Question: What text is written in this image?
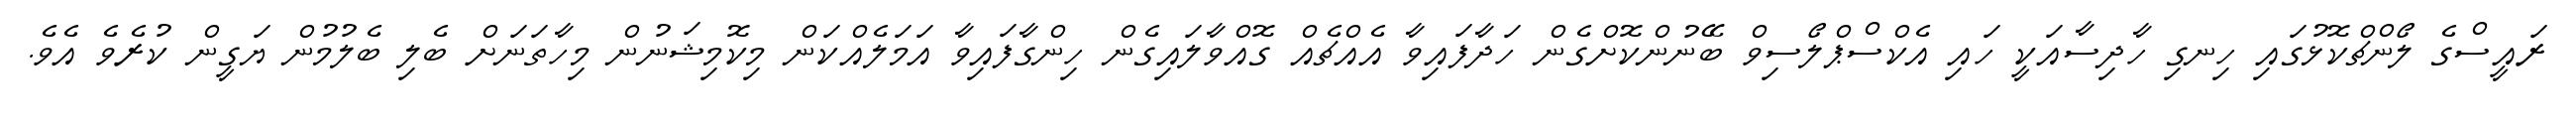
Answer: ރައީސްގެ ލޯންޗްކޮޅުގައި ހިނގި ހާދިސާއަކީ ހައި އެކްސްޕްލޯސިވް ބޭނުންކޮށްގެން ހަދާފައިވާ އެއްޗެއް ގޮއްވާލައިގެން ހިންގާފައިވާ އަމަލެއްކަން މިކޮމިޝަނުން މިހާތަނަށް ބެލި ބެލުމުން ޔަގީން ކުރެވެ އެވެ.